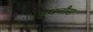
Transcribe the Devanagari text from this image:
हथनौरा